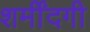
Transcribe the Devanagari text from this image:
शर्मींदगी